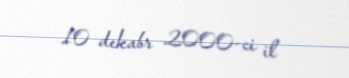
10 dekabr 2000-ci il